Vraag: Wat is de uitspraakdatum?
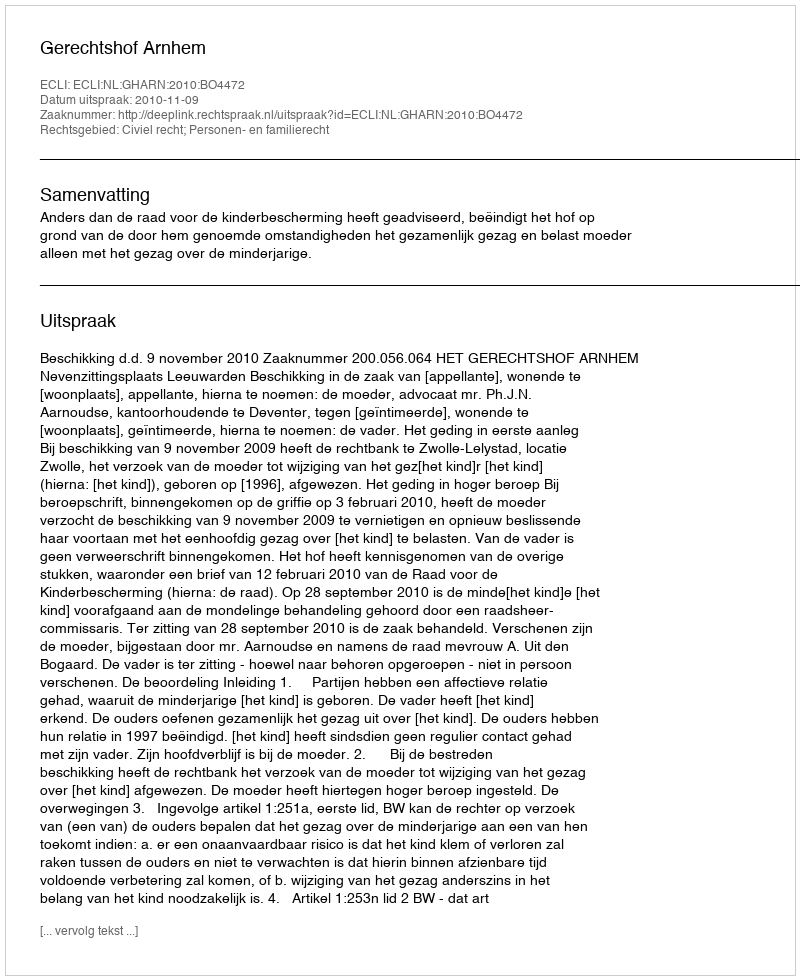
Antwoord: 2010-11-09